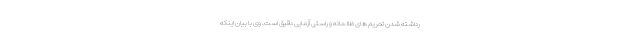
رداشته شدن تحریم های ظالمانه و راستی آزمایی دقیق است. وی با بیان اینکه